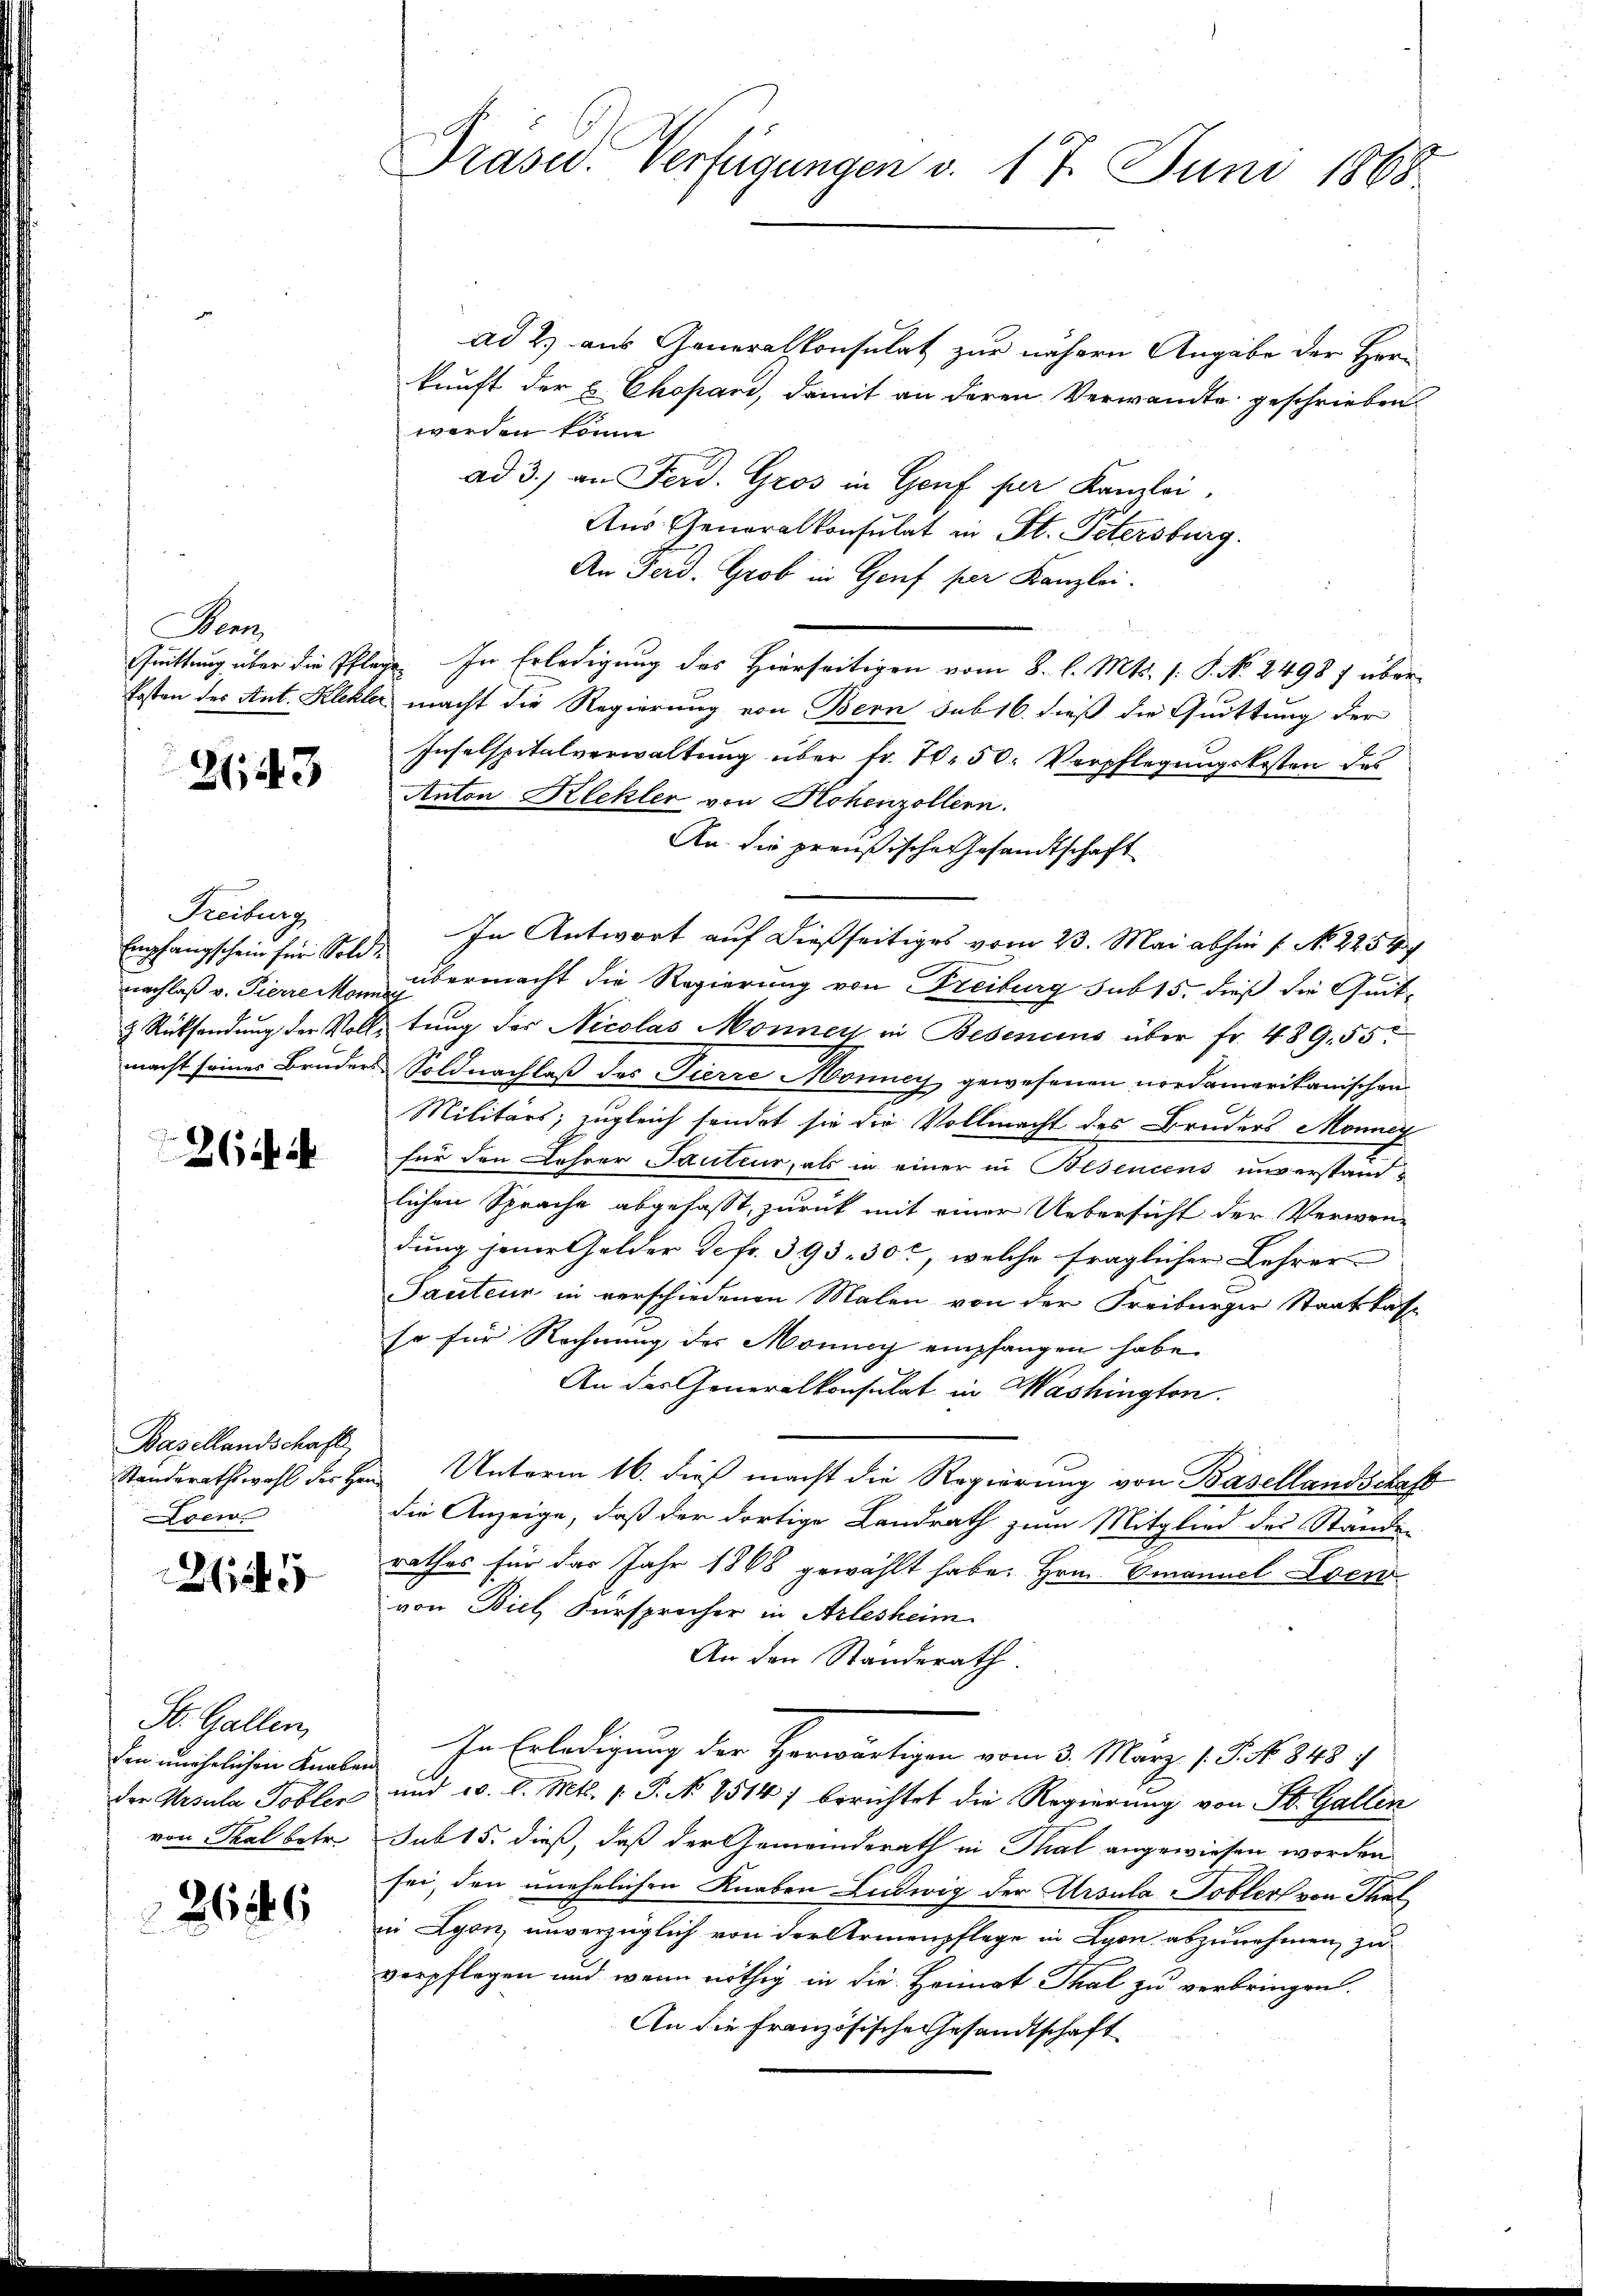
Der

2,13

Freiburg
Empfangschein für Sold
nachlaß v. Pierre Mon

.
26 i

Basellandschaft
Standerathswahl des He
Loew

145

St. Gallen,
den unehelichen Knabe
der Ursula Tobler
von Thal betr.

266

Präser. Verfügungen d. 17. Juni 1868

ad 2.) aus Generalkonsulat zur nähern Angabe der Herkunft der E. Ekopan, damit an deren Verwandte geschrieben
werden könne.
ad 3.) an Ferd. Gros in Genf per Kanzlei.
Aus Generalkonsulat in St. Petersburg.
An Ferd. Grob in Genf per Kanzlei.
Quittung über die Pflanz. In Erledigung des Hierseitigen vom 8. l. Mts. s. S. No. 2498 f über¬
Posten des Ant. Klehler macht die Regierung von Bern sub 16. dieß die Quittung der
Inselspitalverwaltung über fr. 70. 50. Verpflegungskosten des
Anton Klehler von Hohenzollern.
An die preußische Gesandtschaft
In Antwort auf dießseitiges vom 23. Mai abhin 1 No 2254/
übermacht die Regierung von Freiburg sub 15. dieß die Quit-
h
& Rücksendung der Vollstung der Nicolas Monner in Besencius über fr. 489. 55
macht seines Bruders-Soldnachlaß des Fierze Monncy gewesenen nordamerikanischen
Militärs, zugleich sendet sie die Vollmacht des Bruders Monner
für den Lehrer Pacteur, als in einer in Besencens unverstandlichen Sprache abgefasst, zurück mit einer Uebersicht der Verwen-
dung jener Gelder Defr. 393. 30, welche fraglicher Lehrer-
Tauteur in verschiedenen Malen von der Freiburger Staatskasso für Rechnung des Monung empfangen habe.
An der Generalkonsulat in Washington.
Unterm 16. dieß macht die Regierung von Basellandschaft
f
die Anzeige, daß der dortige Landrath zum Mitglied des Stände
rathes für das Jahr 1868 gewählt habe. Hrn. Emanuel Evenvon Biel, Fürsprocher in Arlesheim
An den Standerath.
In Erledigung der Herwärtigen vom 3. März 17. No. 848. 4
und 20. d. Mts. 1. J. No 8514) berichtet die Regierung von St. Gallen
sub 15. dieß, daß der Gemeinderath in Thal angewiesen worden
sei, den unehelichen Knaben Ludwig der Arsula Tobler von Thal
in Lyon, unverzüglich von der Armenpflege in Lyon abzunehmen zu
verpflegen und wenn nöthig in die Heimat Thal zu verbringen.
An die Französische Gesandtschaft